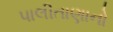
પાલીતાણાનો